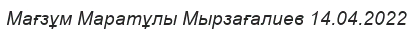
Мағзұм Маратұлы Мырзағалиев 14.04.2022